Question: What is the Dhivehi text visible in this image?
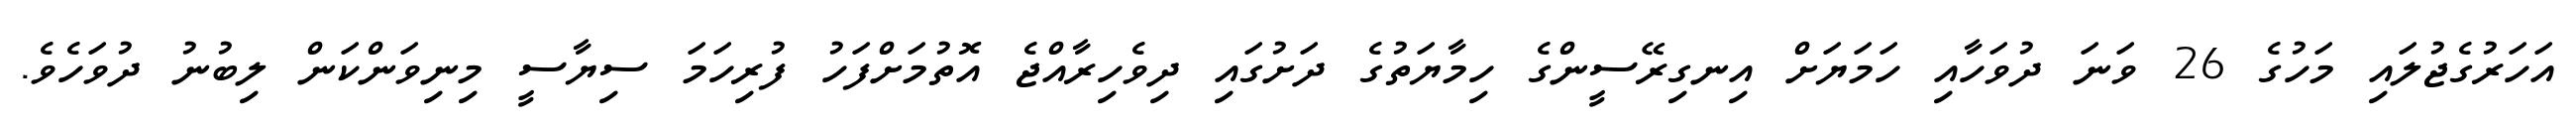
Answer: އަހަރުގެޖުލައި މަހުގެ 26 ވަނަ ދުވަހާއި ހަމަޔަށް އިނގިރޭސީންގެ ހިމާޔަތުގެ ދަށުގައި ދިވެހިރާއްޖެ އޮތުމަށްފަހު ފުރިހަމަ ސިޔާސީ މިނިވަންކަން ލިބުނު ދުވަހެވެ.